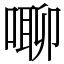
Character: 㗦